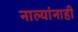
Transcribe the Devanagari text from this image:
नाल्यांनाही